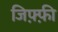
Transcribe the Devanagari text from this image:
जिफ़्फ़ी